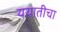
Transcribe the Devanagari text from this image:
ययातीचा